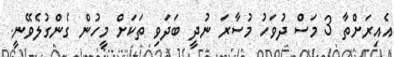
އެއިރަށްތާ 3 މަސް ދުވަހު މުސާރަ ނުދީ ބަދަވި ތަކަށް މީހުން ގެންގުލެވޭނީ.